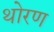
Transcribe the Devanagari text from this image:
थोरण